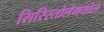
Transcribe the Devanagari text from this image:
सिरिस्तोलेमयोस